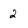
Character: 2